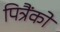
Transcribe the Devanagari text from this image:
पित्रैंको